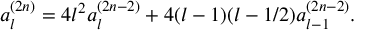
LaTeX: a _ { l } ^ { ( 2 n ) } = 4 l ^ { 2 } a _ { l } ^ { ( 2 n - 2 ) } + 4 ( l - 1 ) ( l - 1 / 2 ) a _ { l - 1 } ^ { ( 2 n - 2 ) } .